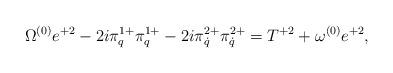
LaTeX: \begin{align*}\Omega^{(0)}e^{+2}-2i\pi^{1+}_q\pi^{1+}_q-2i\pi^{2+}_{\dot q}\pi^{2+}_{\dot q}=T^{+2}+\omega^{(0)}e^{+2},\end{align*}